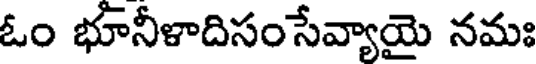
ఓం భూనీళాదిసంసేవ్యాయై నమః